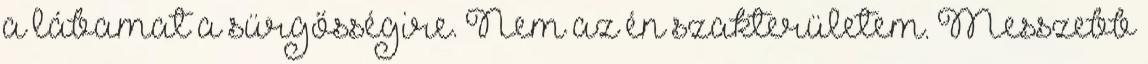
a lábamat a sürgősségire. Nem az én szakterületem. Messzebb